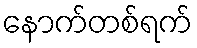
နောက်တစ်ရက်